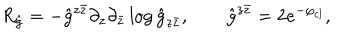
LaTeX: R _ { \hat { g } } = - { \hat { g } } ^ { z \bar { z } } \partial _ { z } \partial _ { \bar { z } } \log { \hat { g } } _ { z \bar { z } } , \qquad \hat { g } ^ { z \bar { z } } = 2 e ^ { - \varphi _ { c l } } ,